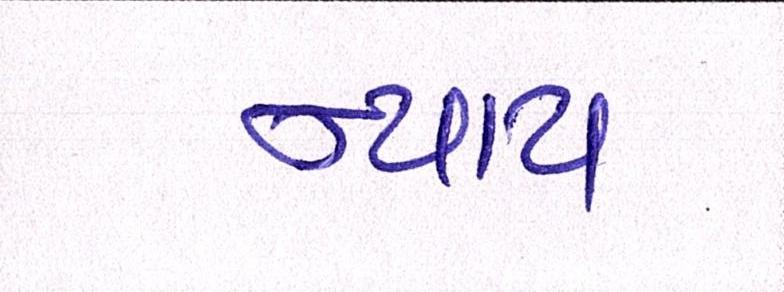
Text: ન્યાય